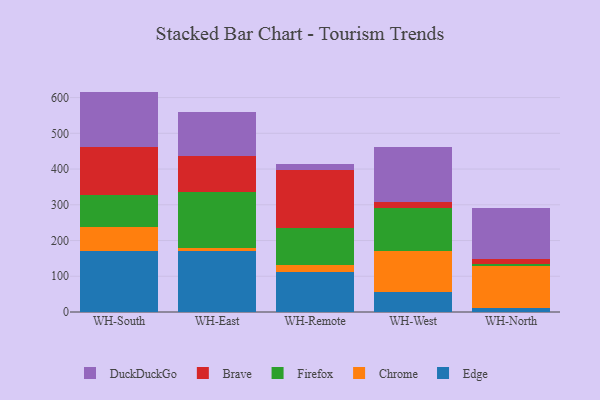
{"axis": {"x": "Warehouse", "y": "Bounce Rate (%)"}, "legend": ["Brave", "Chrome", "DuckDuckGo", "Edge", "Firefox"], "data": [{"x": "WH-South", "y": 170.7, "type": "Edge"}, {"x": "WH-South", "y": 67.8, "type": "Chrome"}, {"x": "WH-South", "y": 89.4, "type": "Firefox"}, {"x": "WH-South", "y": 133.0, "type": "Brave"}, {"x": "WH-South", "y": 155.8, "type": "DuckDuckGo"}, {"x": "WH-East", "y": 171.4, "type": "Edge"}, {"x": "WH-East", "y": 6.3, "type": "Chrome"}, {"x": "WH-East", "y": 157.6, "type": "Firefox"}, {"x": "WH-East", "y": 101.4, "type": "Brave"}, {"x": "WH-East", "y": 123.6, "type": "DuckDuckGo"}, {"x": "WH-Remote", "y": 113.1, "type": "Edge"}, {"x": "WH-Remote", "y": 17.5, "type": "Chrome"}, {"x": "WH-Remote", "y": 103.5, "type": "Firefox"}, {"x": "WH-Remote", "y": 163.5, "type": "Brave"}, {"x": "WH-Remote", "y": 17.6, "type": "DuckDuckGo"}, {"x": "WH-West", "y": 57.1, "type": "Edge"}, {"x": "WH-West", "y": 114.2, "type": "Chrome"}, {"x": "WH-West", "y": 120.9, "type": "Firefox"}, {"x": "WH-West", "y": 16.2, "type": "Brave"}, {"x": "WH-West", "y": 153.1, "type": "DuckDuckGo"}, {"x": "WH-North", "y": 10.8, "type": "Edge"}, {"x": "WH-North", "y": 116.6, "type": "Chrome"}, {"x": "WH-North", "y": 8.3, "type": "Firefox"}, {"x": "WH-North", "y": 13.6, "type": "Brave"}, {"x": "WH-North", "y": 140.8, "type": "DuckDuckGo"}]}